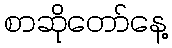
စာဆိုတော်နေ့